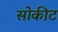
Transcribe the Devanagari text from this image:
सोकीट